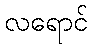
လရောင်